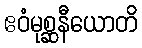
ဧဝံမုစ္ဆနီယောတိ